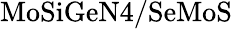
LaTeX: \mathrm{MoSiGeN4/SeMoS}